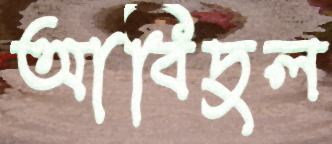
আবিদুল